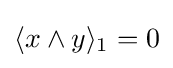
\langle x\wedge y\rangle _{1}=0